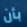
بأن